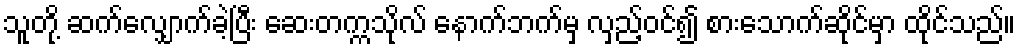
သူတို့ ဆက်လျှောက်ခဲ့ပြီး ဆေးတက္ကသိုလ် နောက်ဘက်မှ လှည့်ဝင်၍ စားသောက်ဆိုင်မှာ ထိုင်သည်။